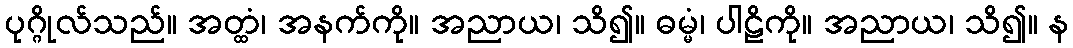
ပုဂ္ဂိုလ်သည်။ အတ္ထံ၊ အနက်ကို။ အညာယ၊ သိ၍။ ဓမ္မံ၊ ပါဠိကို။ အညာယ၊ သိ၍။ န